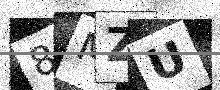
Text: 8MZU